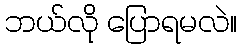
ဘယ်လို ပြောရမလဲ။